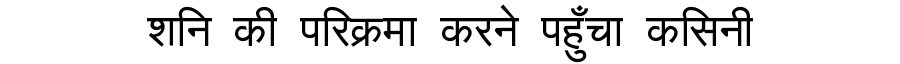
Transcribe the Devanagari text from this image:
शनि की परिक्रमा करने पहुँचा कसिनी